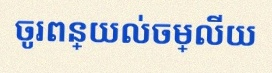
ចូរពន្យល់ចម្លើយ